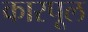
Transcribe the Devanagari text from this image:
कारपूल